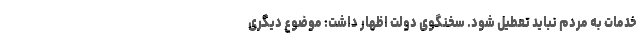
خدمات به مردم نباید تعطیل شود. سخنگوی دولت اظهار داشت: موضوع دیگری